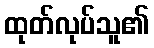
ထုတ်လုပ်သူ၏